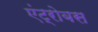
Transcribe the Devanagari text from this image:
एंट्रोबस